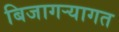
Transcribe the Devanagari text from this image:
बिजागऱ्यागत